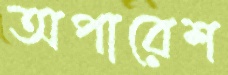
অপারেশ